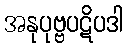
အနုပုဗ္ဗပဋိပဒါ